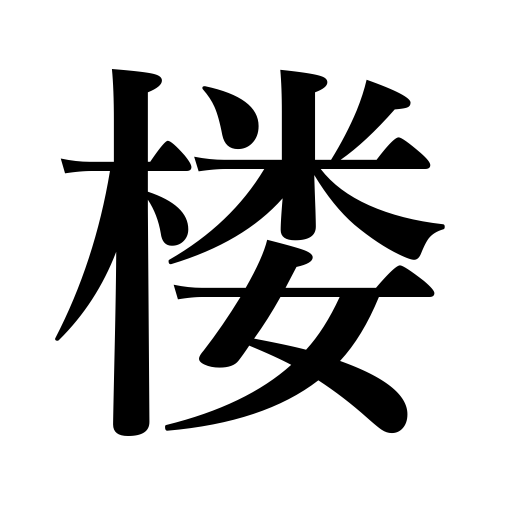
Meanings: high building,tower,turret,lookout